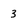
Character: 3